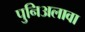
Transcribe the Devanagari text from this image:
पुनिअलावा